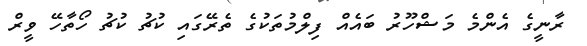
ރާނީގެ އެންމެ މަޝްހޫރު ބައެއް ފިލްމުތަކުގެ ތެރޭގައި ކުޗު ކުޗު ހޯތާހޭ ވީރް